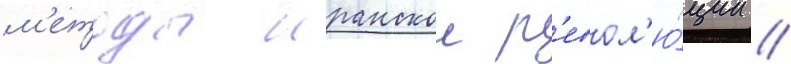
м'етоды иранскои р'евол'ю́ции //